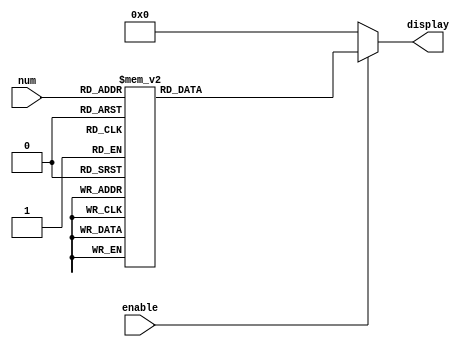
module seven_display
(
    output reg  [7:0]  display,
    input       [3:0]  num,
    input              enable
);

always @(*) begin
    if(enable == 1'b1) begin
        case (num)
            4'b0000: display = 8'b11111100;
            4'b0001: display = 8'b01100000;
            4'b0010: display = 8'b11011010;
            4'b0011: display = 8'b11110010;
            4'b0100: display = 8'b01100110;
            4'b0101: display = 8'b10110110;
            4'b0110: display = 8'b10111110;
            4'b0111: display = 8'b11100100;
            4'b1000: display = 8'b11111110;
            4'b1001: display = 8'b11110110;
            4'b1010: display = 8'b11101110;
            4'b1011: display = 8'b00111110;
            4'b1100: display = 8'b10011100;
            4'b1101: display = 8'b01111010;
            4'b1110: display = 8'b11011110;
            4'b1111: display = 8'b10001110;
        endcase
    end
    else
        display = 7'b0;
end

endmodule